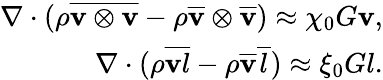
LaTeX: \begin{array}{r}{\nabla\cdot(\rho\overline{{\mathbf v\otimes\mathbf v}}-\rho\overline{{\mathbf v}}\otimes\overline{{\mathbf v}})\approx\chi_{0}G\mathbf v,}\\ {\nabla\cdot(\rho\overline{{\mathbf vl}}-\rho\overline{{\mathbf v}}\overline{{l}})\approx\xi_{0}Gl.}\end{array}